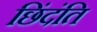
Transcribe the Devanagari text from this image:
छिंदंति